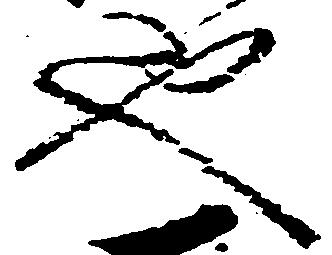
也